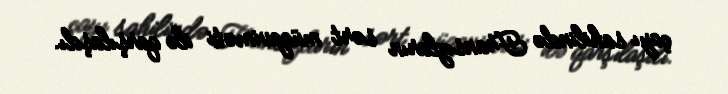
çayı sahilində Fransızların sərt müqaviməti ilə qarşılaşdı.